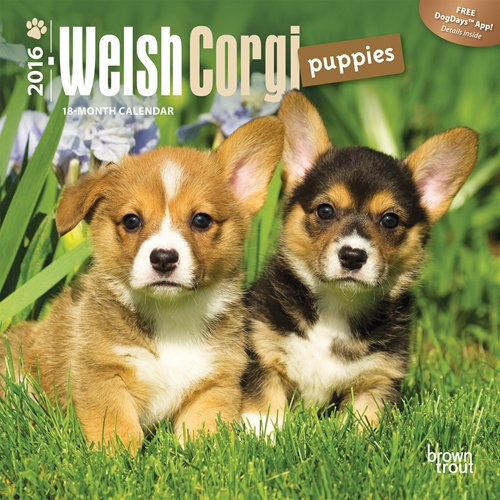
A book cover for Welsh Corgi Puppies 2016 Mini 7x7 (Multilingual Edition); Browntrout Publishers; Calendars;